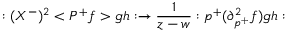
: ( X ^ { - } ) ^ { 2 } < P ^ { + } f > g h : \rightarrow \frac 1 { z - w } : p ^ { + } ( \partial _ { p ^ { + } } ^ { 2 } f ) g h :